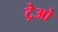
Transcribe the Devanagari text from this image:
ट्रेओ